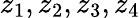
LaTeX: z_{1},z_{2},z_{3},z_{4}